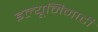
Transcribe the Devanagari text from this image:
इल्यूमिनाटी